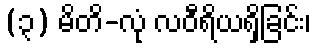
(၃) မိတိ-လုံ လဝီရိယရှိခြင်း၊